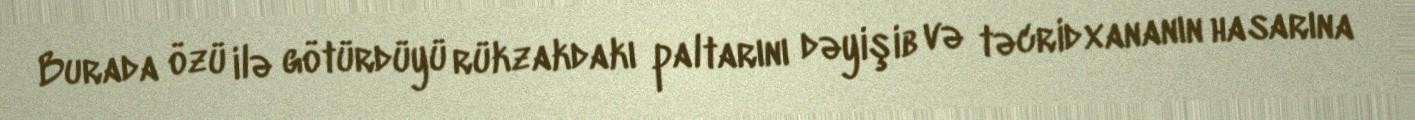
Burada özü ilə götürdüyü rükzakdakı paltarını dəyişib və təcridxananın hasarına